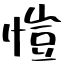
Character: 愷